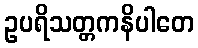
ဥပရိသတ္တကနိပါတေ